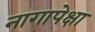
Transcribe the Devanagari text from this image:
नागापेक्षा